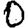
Digit: 0